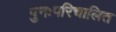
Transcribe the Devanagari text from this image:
पुनःपरिचालित